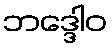
ဘဒ္ဒေါဝ